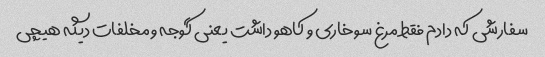
سفارشی که دادم فقط مرغ سوخاری و کاهو داشت یعنی گوجه و مخلفات دیگه هیچی